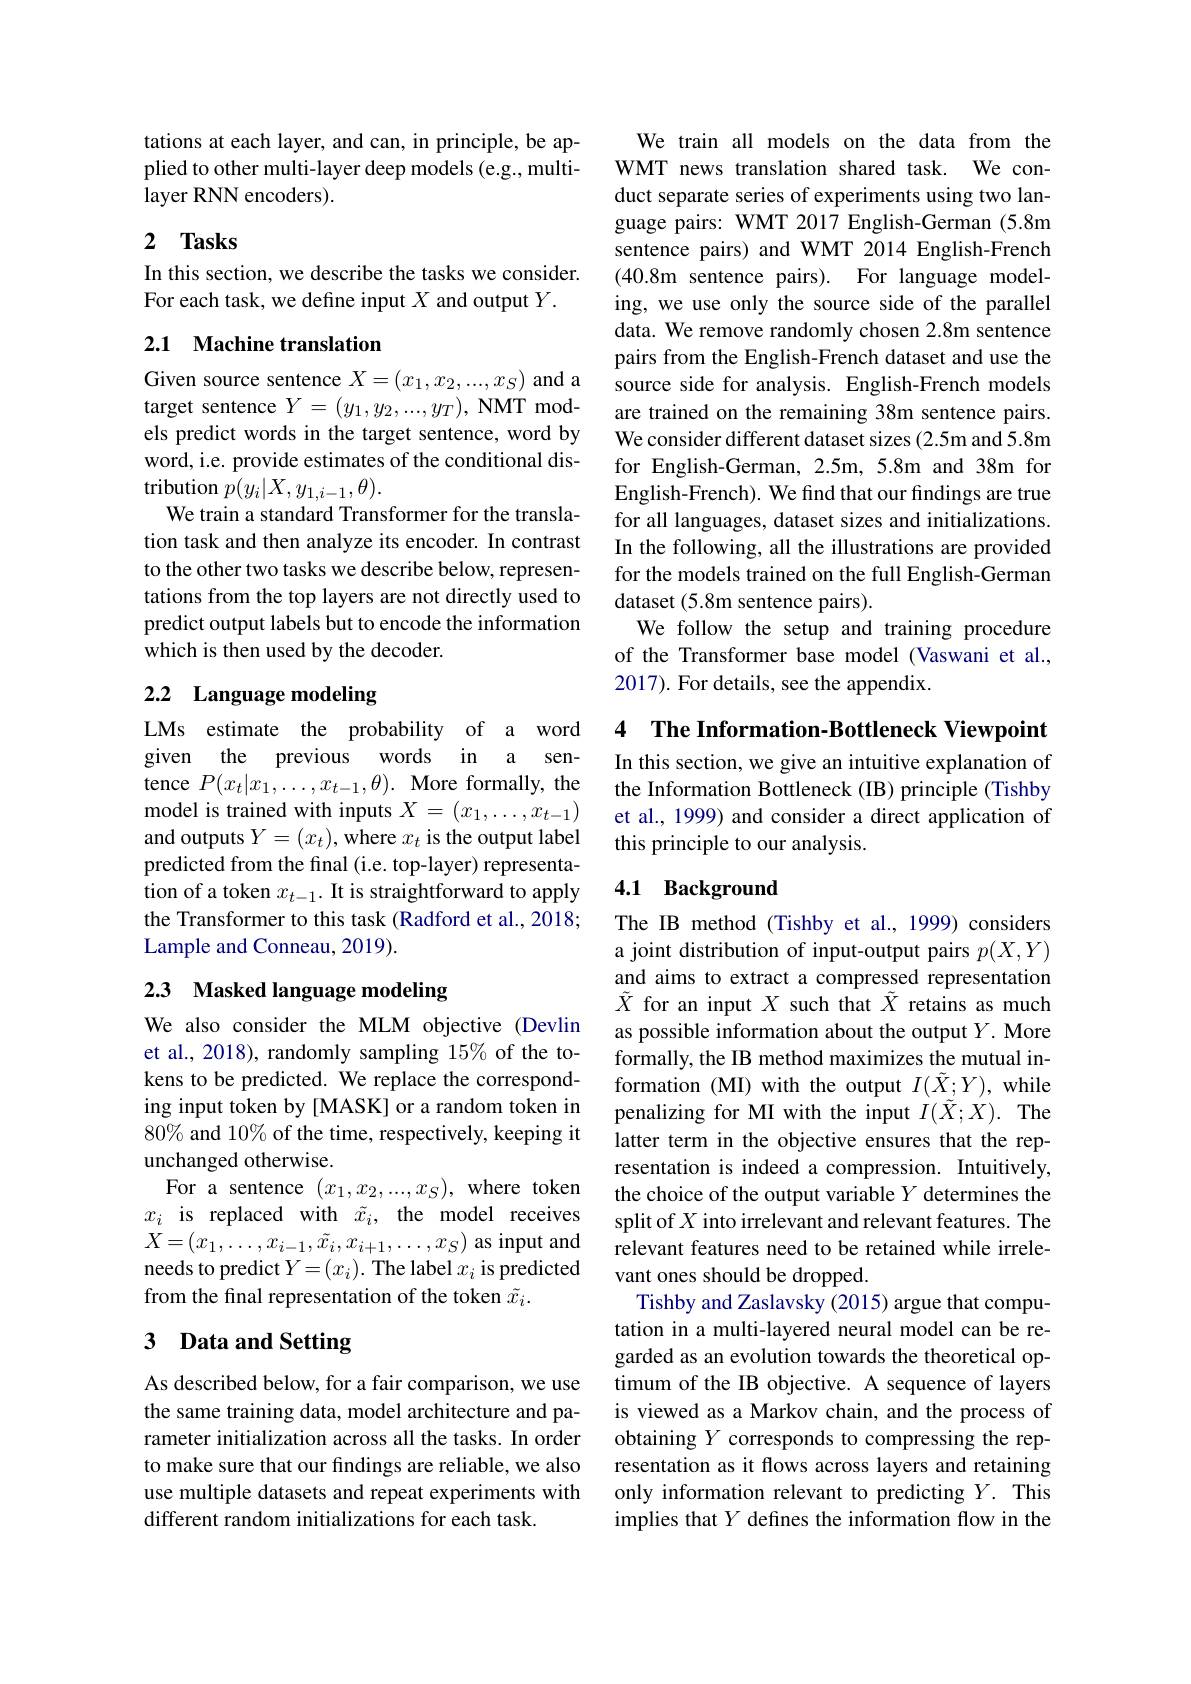
tations at each layer, and can, in principle, be applied to other multi-layer deep models (e.g., multilayer RNN encoders).

## 2 $\mathbf{Tasks}$

In this section, we describe the tasks we consider.
For each task, we define input $X$ and output $Y.$

## 2.1 Machine translation

Given source sentence $X=(x_1,x_2,...,x_S)$ and a target sentence $Y=(y_1,y_2,...,y_T)$, NMT models predict words in the target sentence, word by word, i.e. provide estimates of the conditional dis- $\mathop{\text{tribution}}p(y_{i}|X,y_{1,i-1},\theta).$
We train a standard Transformer for the translation task and then analyze its encoder. In contrast to the other two tasks we describe below, representations from the top layers are not directly used to predict output labels but to encode the information which is then used by the decoder.

## 2.2 Language modeling

LMs estimate the probability of a word given the previous words in a sentence $P(x_{t}|x_{1},\ldots,x_{t-1},\theta).$ More formally, the model is trained with inputs $X=(x_1,\ldots,x_{t-1})$ and outputs $Y=(x_t)$, where $x_t$ is the output label predicted from the final (i.e. top-layer) representation of a token $x_t-1.$ It is straightforward to apply the Transformer to this task (Radford et al., 2018; Lample and Conneau, 2019).

## 2.3 Masked language modeling

We also consider the MLM objective (Devlin et al., 2018), randomly sampling 15% of the tokens to be predicted. We replace the corresponding input token by [MASK] or a random token in $80\%$ and 10% of the time, respectively, keeping it unchanged otherwise.
For a sentence $(x_1,x_2,...,x_S)$, where token $x_i$ is replaced with $\tilde{x}_i$, the model receives $X=(x_1,\ldots,x_{i-1},\tilde{x}_i,x_{i+1},\ldots,x_S)$ as input and needs to predict $Y=(x_i).$ The label $x_i$ is predicted from the final representation of the token $\tilde{x}_i.$

## 3 Data and Setting

As described below, for a fair comparison, we use the same training data, model architecture and parameter initialization across all the tasks. In order to make sure that our findings are reliable, we also use multiple datasets and repeat experiments with different random initializations for each task.

We train all models on the data from the WMT news translation shared task. We conduct separate series of experiments using two language pairs: WMT 2017 English-German (5.8m sentence pairs) and WMT 2014 English-French (40.8m sentence pairs). For language modeling, we use only the source side of the parallel data. We remove randomly chosen 2.8m sentence pairs from the English-French dataset and use the source side for analysis. English-French models are trained on the remaining 38m sentence pairs. We consider different dataset sizes (2.5m and 5.8m for English-German, 2.5m, 5.8m and 38m for English-French). We find that our findings are true for all languages, dataset sizes and initializations. In the following, all the illustrations are provided for the models trained on the full English-German dataset (5.8m sentence pairs).
We follow the setup and training procedure of the Transformer base model (Vaswani et al., 2017). For details, see the appendix.

4 The Information-Bottleneck Viewpoint

In this section, we give an intuitive explanation of the Information Bottleneck (IB) principle (Tishby et al., 1999) and consider a direct application of this principle to our analysis.

## 4.1 Background

The IB method (Tishby et al., 1999) considers a joint distribution of input-output pairs $p(X,Y)$ and aims to extract a compressed representation $\tilde{X}$ for an input $X$ such that $\tilde{X}$ retains as much as possible information about the output $Y.$ More formally, the IB method maximizes the mutual information (MI) with the output $I(\tilde{X};Y)$, while penalizing for MI with the input $I(\tilde{X};X).$ The latter term in the objective ensures that the representation is indeed a compression. Intuitively, the choice of the output variable $Y$ determines the split of $X$ into irrelevant and relevant features. The relevant features need to be retained while irrelevant ones should be dropped.
Tishby and Zaslavsky (2015) argue that computation in a multi-layered neural model can be regarded as an evolution towards the theoretical optimum of the IB objective. A sequence of layers is viewed as a Markov chain, and the process of obtaining $Y$ corresponds to compressing the representation as it flows across layers and retaining only information relevant to predicting $Y.$ This implies that $Y$ defines the information flow in the